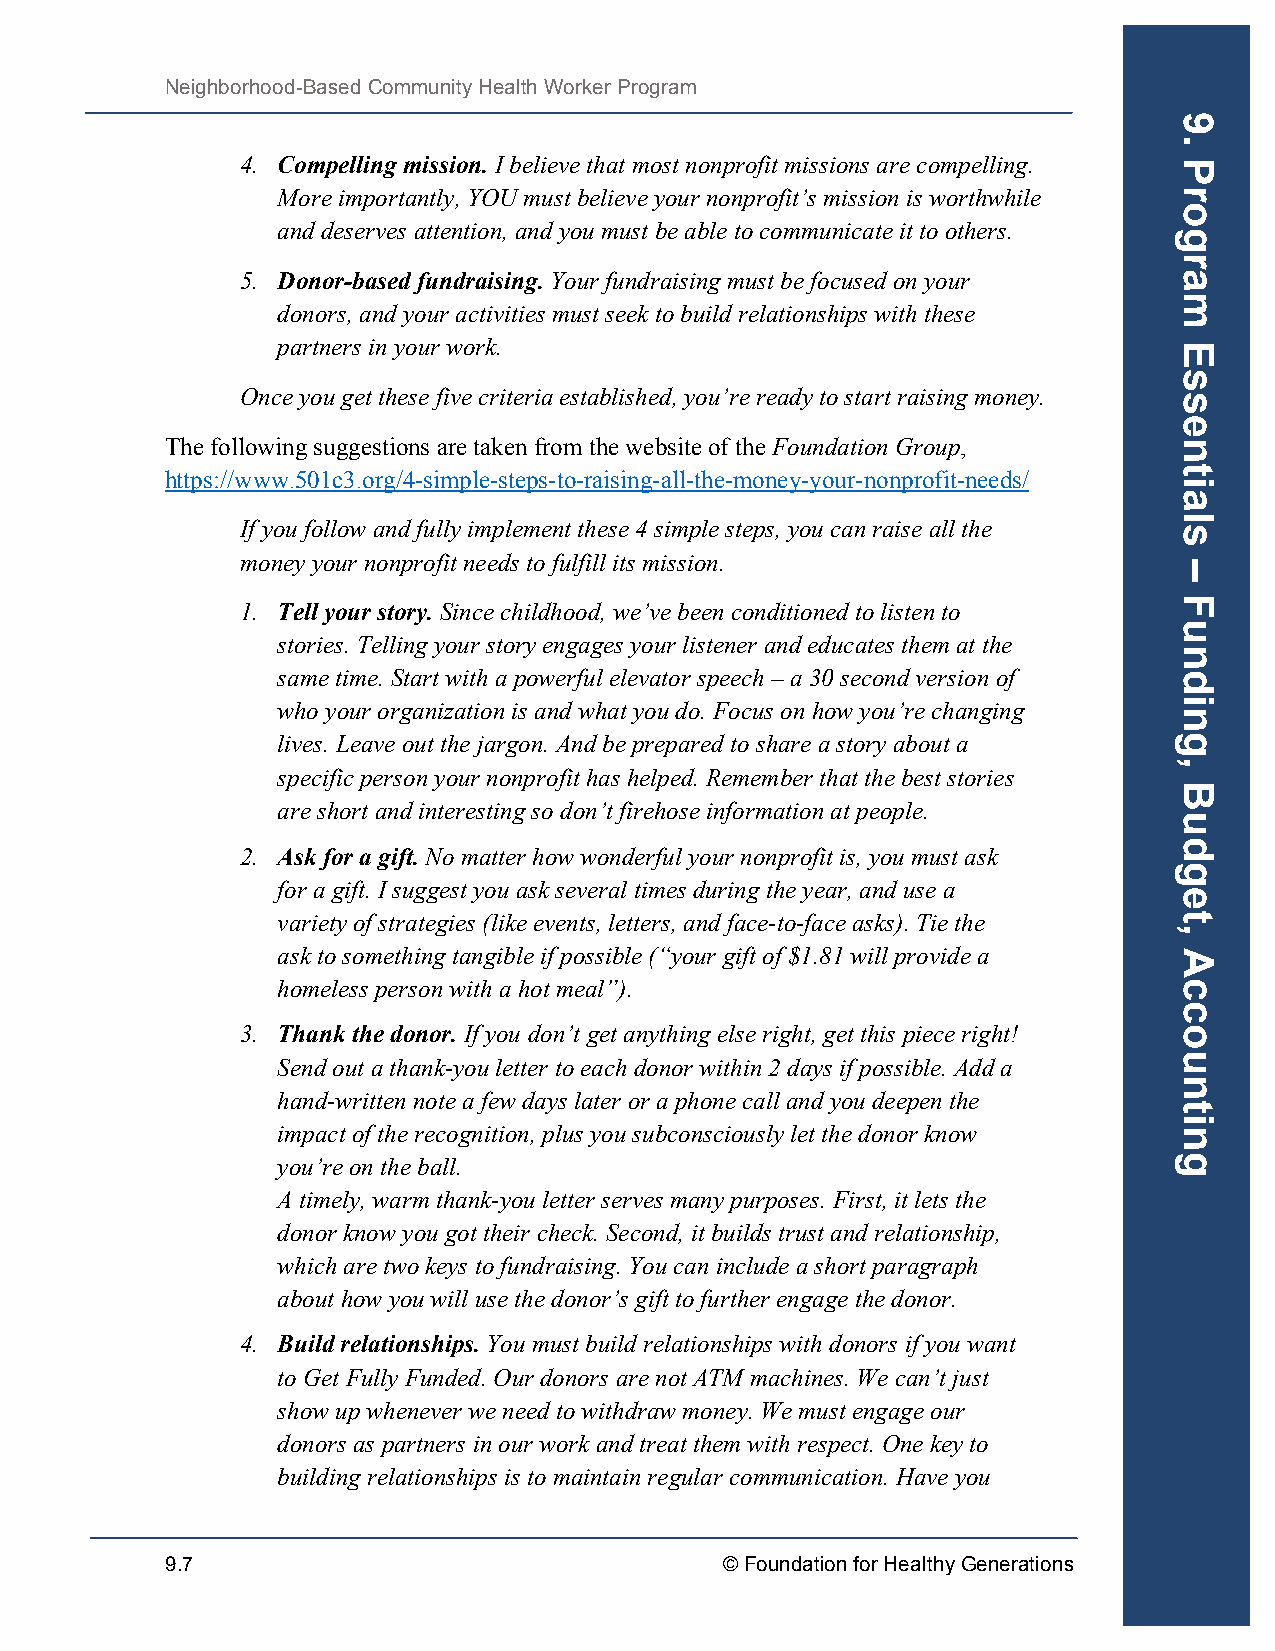
Neighborhood-Based Community Health Worker Program
 4. Compelling mission. I believe that most nonprofit missions are compelling.
 More importantly, YOU must believe your nonprofit’s mission is worthwhile
 and deserves attention, and you must be able to communicate it to others.
 5. Donor-based fundraising. Your fundraising must be focused on your
 donors, and your activities must seek to build relationships with these
 partners in your work.
 Once you get these five criteria established, you’re ready to start raising money.
 The following suggestions are taken from the website of the Foundation Group,
 https://www.501c3.org/4-simple-steps-to-raising-all-the-money-your-nonprofit-needs/
 If you follow and fully implement these 4 simple steps, you can raise all the
 money your nonprofit needs to fulfill its mission.
 1. Tell your story. Since childhood, we’ve been conditioned to listen to
 stories. Telling your story engages your listener and educates them at the
 same time. Start with a powerful elevator speech – a 30 second version of
 who your organization is and what you do. Focus on how you’re changing
 lives. Leave out the jargon. And be prepared to share a story about a
 specific person your nonprofit has helped. Remember that the best stories
 are short and interesting so don’t firehose information at people.
 2. Ask for a gift. No matter how wonderful your nonprofit is, you must ask
 for a gift. I suggest you ask several times during the year, and use a
 variety of strategies (like events, letters, and face-to-face asks). Tie the
 ask to something tangible if possible (“your gift of $1.81 will provide a
 homeless person with a hot meal”).
 3. Thank the donor. If you don’t get anything else right, get this piece right!
 Send out a thank-you letter to each donor within 2 days if possible. Add a
 hand-written note a few days later or a phone call and you deepen the
 impact of the recognition, plus you subconsciously let the donor know
 you’re on the ball.
 A timely, warm thank-you letter serves many purposes. First, it lets the
 donor know you got their check. Second, it builds trust and relationship,
 which are two keys to fundraising. You can include a short paragraph
 about how you will use the donor’s gift to further engage the donor.
 4. Build relationships. You must build relationships with donors if you want
 to Get Fully Funded. Our donors are not ATM machines. We can’t just
 show up whenever we need to withdraw money. We must engage our
 donors as partners in our work and treat them with respect. One key to
 building relationships is to maintain regular communication. Have you
 9.7                                  © Foundation for Healthy Generations
 9.
 Program
 Essentials
 –
 Funding,
 Budget,
 Accounting